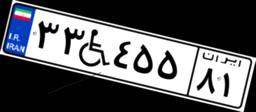
۲۶W۵۷۷۶۸